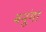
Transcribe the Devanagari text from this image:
बनूंगा